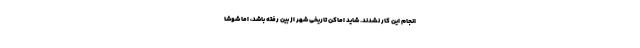
انجام این کار نشدند. شاید اماکن تاریخی شهر از بین رفته باشد، اما شوشا